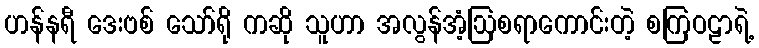
ဟန်နရီ ဒေးဗစ် သော်ရို ကဆို သူဟာ အလွန်အံ့ဩစရာကောင်းတဲ့ စကြဝဠာရဲ့